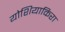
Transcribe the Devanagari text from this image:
योशियाकिरा